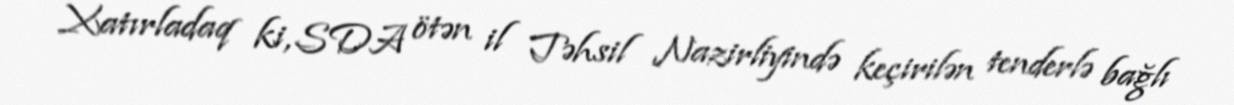
Xatırladaq ki, SDA ötən il Təhsil Nazirliyində keçirilən tenderlə bağlı